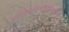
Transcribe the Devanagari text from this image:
न्याहाळण्यासाठीचे